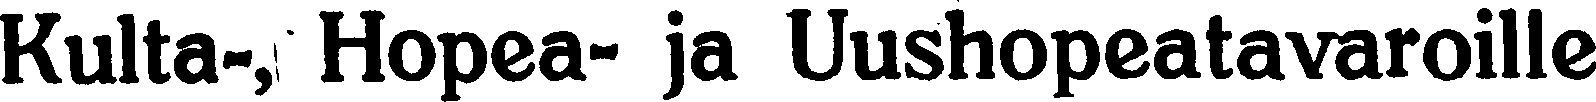
Kulta-, Hopea- ja Uushopeatavaroille